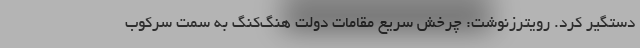
دستگیر کرد. رویترزنوشت: چرخش سریع مقامات دولت هنگ‌کنگ به سمت سرکوب